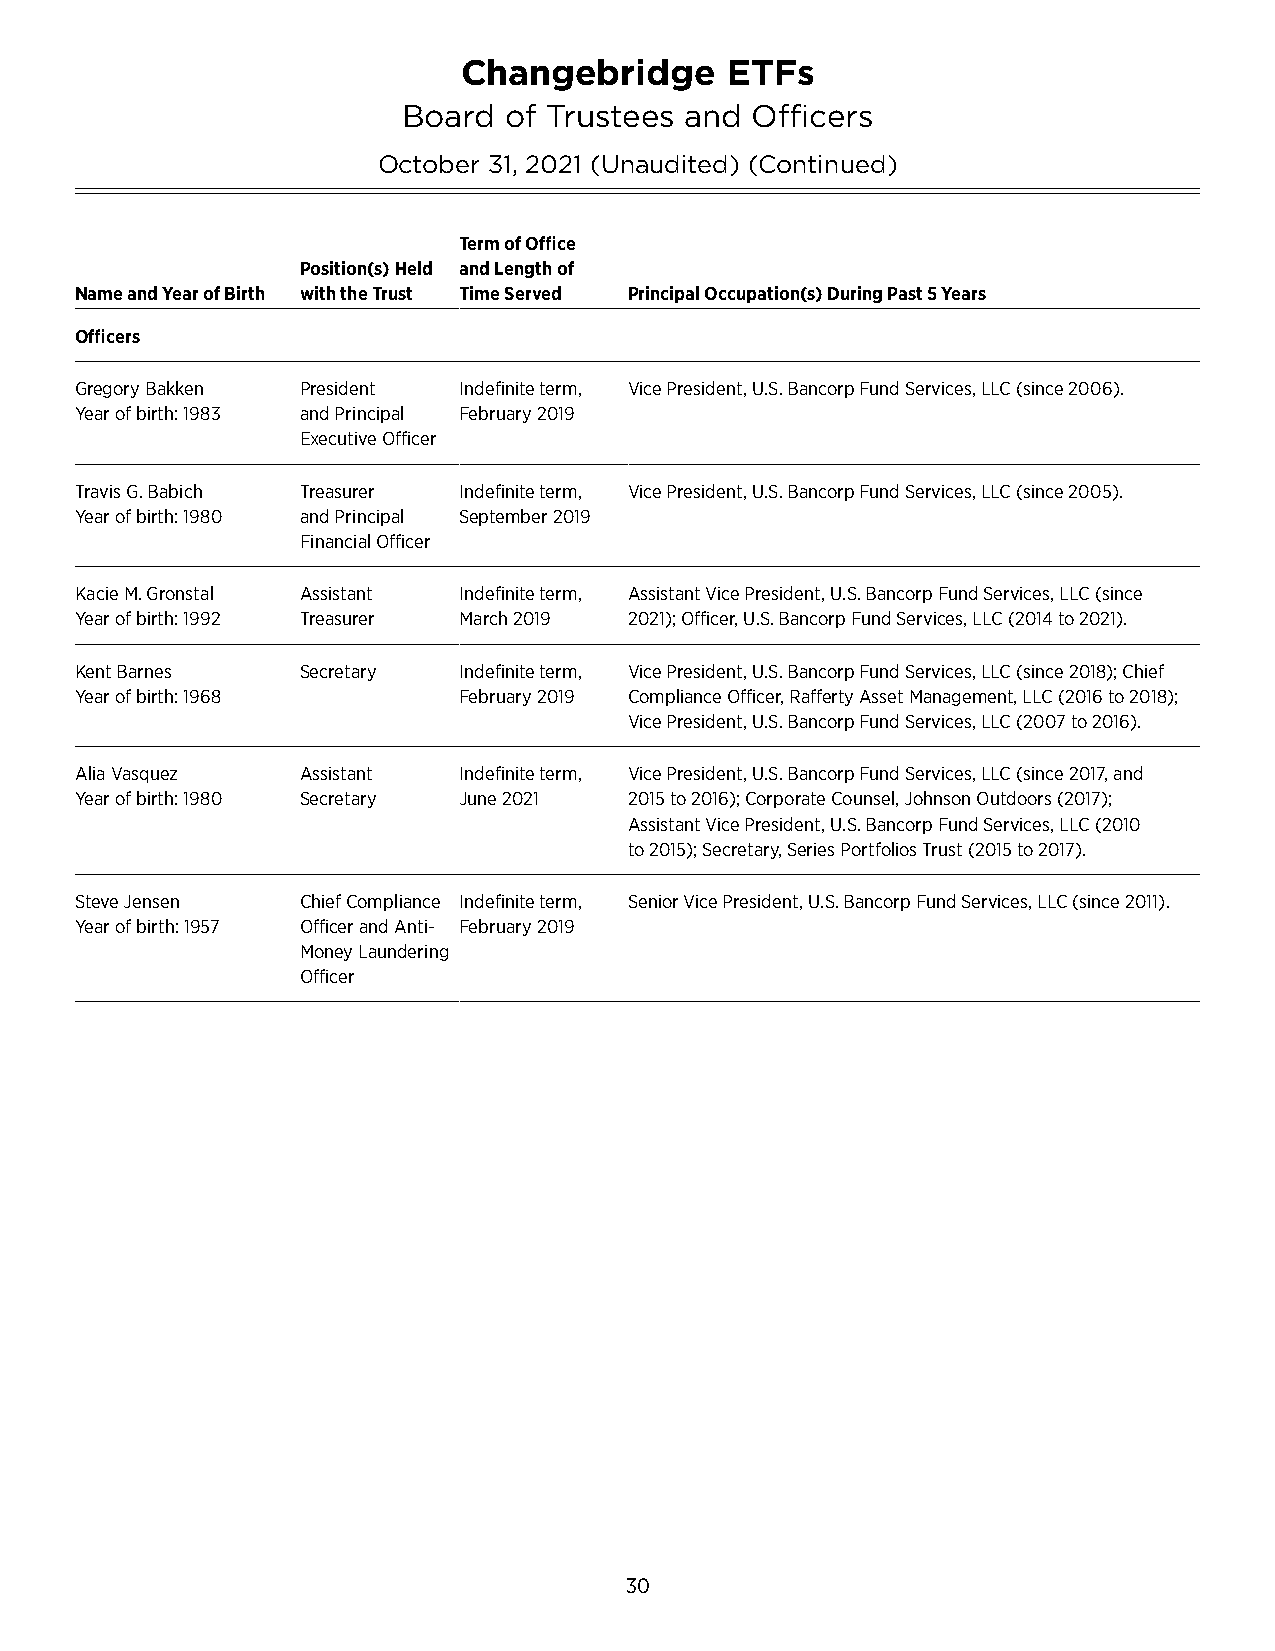
Changebridge      ETFs
 Board of Trustees and  Officers
 October 31, 2021 (Unaudited) (Continued)
 Term of Office
 Position(s) Held and Length of
 Name and Year of Birth with the Trust Time Served Principal Occupation(s) During Past 5 Years
 Officers
 Gregory Bakken President Indefinite term, Vice President, U�S� Bancorp Fund Services, LLC (since 2006)�
 Year of birth: 1983 and Principal February 2019
 Executive Officer
 Travis G� Babich Treasurer Indefinite term, Vice President, U�S� Bancorp Fund Services, LLC (since 2005)�
 Year of birth: 1980 and Principal September 2019
 Financial Officer
 Kacie M� Gronstal Assistant Indefinite term, Assistant Vice President, U�S� Bancorp Fund Services, LLC (since
 Year of birth: 1992 Treasurer March 2019 2021); Officer, U�S� Bancorp Fund Services, LLC (2014 to 2021)�
 Kent Barnes    Secretary Indefinite term, Vice President, U�S� Bancorp Fund Services, LLC (since 2018); Chief
 Year of birth: 1968      February 2019 Compliance Officer, Rafferty Asset Management, LLC (2016 to 2018);
 Vice President, U�S� Bancorp Fund Services, LLC (2007 to 2016)�
 Alia Vasquez   Assistant Indefinite term, Vice President, U�S� Bancorp Fund Services, LLC (since 2017, and
 Year of birth: 1980 Secretary June 2021 2015 to 2016); Corporate Counsel, Johnson Outdoors (2017);
 Assistant Vice President, U�S� Bancorp Fund Services, LLC (2010
 to 2015); Secretary, Series Portfolios Trust (2015 to 2017)�
 Steve Jensen   Chief Compliance Indefinite term, Senior Vice President, U�S� Bancorp Fund Services, LLC (since 2011)�
 Year of birth: 1957 Officer and Anti- February 2019
 Money Laundering
 Officer
 30